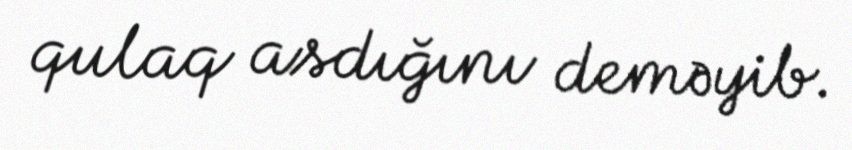
qulaq asdığını deməyib.